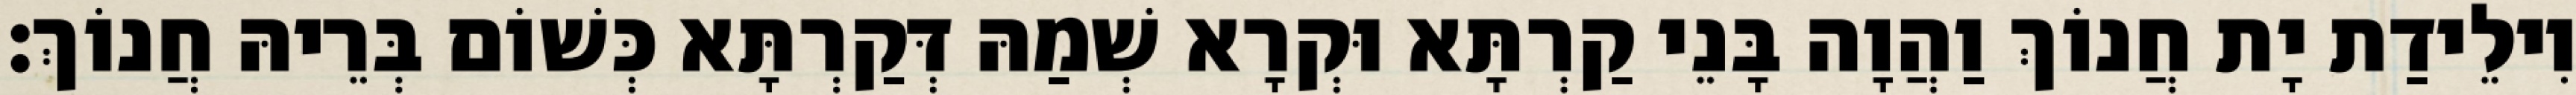
וִילֵידַת יָת חֲנוֹךְ וַהֲוָה בָּנֵי קַרְתָּא וּקְרָא שְׁמַהּ דְּקַרְתָּא כְּשׁוֹם בְּרֵיהּ חֲנוֹךְ׃